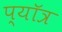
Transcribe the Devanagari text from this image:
प्यॉत्र